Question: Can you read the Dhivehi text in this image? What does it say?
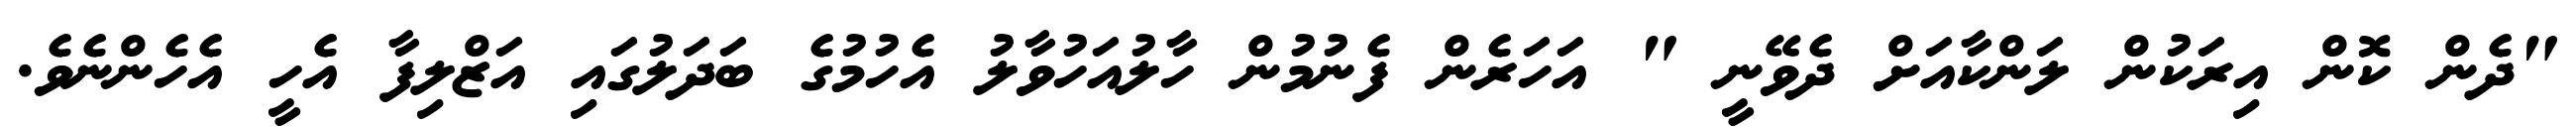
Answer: "ދެން ކޮން އިރަކުން ލަންކާއަށް ދެވޭނީ " އަހަރެން ފެނުމުން ހާލުއަހުވާލު އެހުމުގެ ބަދަލުގައި އަޒްލިފާ އެހީ އެހެންނެވެ.